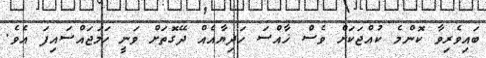
ބައިވެރިވާ ކޮންމެ ކުއްޖަކަށް ވެސް ޚާއްސަ ހަދިޔާއެއް ދޭގޮތަށް ވަނީ ހަމަޖައްސައިފަ އެވެ.